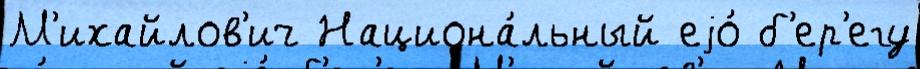
М'ихайлов'ич Национа́льный еjо́ б'ер'егу